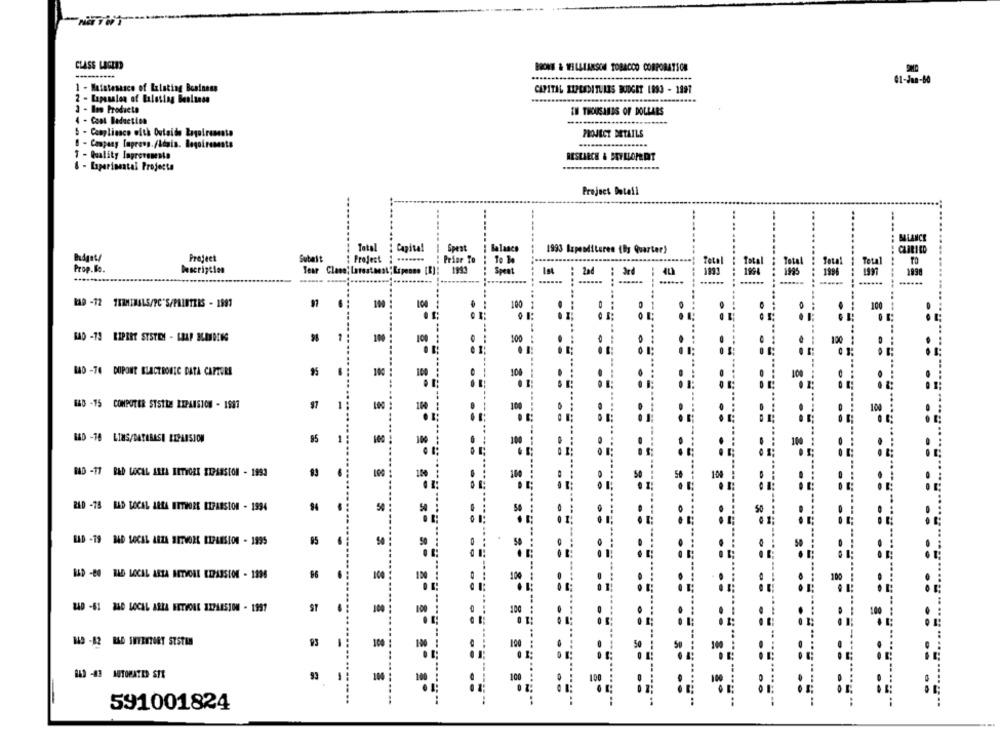
CLASS LEGEND
BRONT & WILLIAMSON TOBACCO CORPORATION
61-Jan-60
1 - Maintenance of Existing Business
CAPITAL RIPEADITLIES BUDGET 1893 - 1897
2 - Espesalen of Existing Beolanse
3 - Ino Producto
IN THOUSANDS OF DOLLARS
- Cont Deduction
5 - Compliance with Outside Zagolroncato
PROJECT DETAILS
1 - Quality Improvementa
RESEARCH & BEYLLOPE DIT
6 - Laparisantal Projecto
........
Project Detail
BLANCE
Total
1 Capita!
Spent
Balance
1993 Expenditures (Bg Quarter)
CARRIED
Project
Submit
: Project : .......
: Prior To
Total
Prop. Bo.
Description
Tear Clase; Larestanst; Espenso [B];
1993
Spest
: 2nd
Total
1998
1994
-
......
100
100 :
-.-
100
100
100
100
100
BAD -76 DUPONT BLACTBOBEC DATA CAPTURE
95
100
100
140 -15 COMPUTER SYSTEM EXPANSION - 1981
97
...
100
100
100
HAD -18 LINS/DATABASE RIPAISION
95
1
100
BAD -17 BAD LOCAL AREA IITYORK XIPASSION - 1993
100
2AD -78 RAD LOCAL AREA WITHORE EIPASSION - 1994
94
54
LID -19 BAD LOCAL ARZA BUTVORE EIPAESION - 1995
85
50
ISD -80 BAD LOCAL ASTA HETVOAL KEPASSION - 1396
86
100
100
.....
ZAD -61 DAD LOCAL AREA HETVOLL EXPANSION - 1997
100
100
149 -82 RAD INVENTORY SYSTEM
93
100
10
50
01
843 -43 AUTOMATED STR
104
100
100
100
== ==
591001824
==